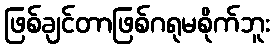
ဖြစ်ချင်တာဖြစ်ဂရုမစိုက်ဘူး